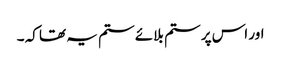
اور اس پر ستم بلائے ستم یہ تھا کہ ۔